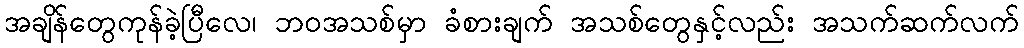
အချိန်တွေကုန်ခဲ့ပြီလေ၊ ဘဝအသစ်မှာ ခံစားချက် အသစ်တွေနှင့်လည်း အသက်ဆက်လက်